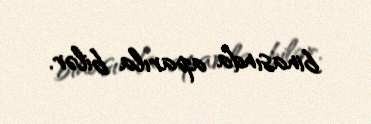
binasında aparıla bilər.